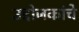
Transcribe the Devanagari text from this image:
उद्दोजकांचे